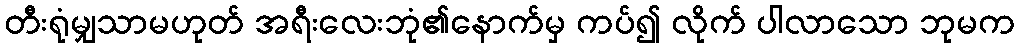
တီးရုံမျှသာမဟုတ် အရီးလေးဘုံ၏နောက်မှ ကပ်၍ လိုက် ပါလာသော ဘုမက